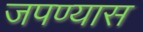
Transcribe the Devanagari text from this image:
जपण्यास